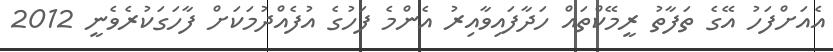
އެއަށްފަހު އޭގެ ތަފާތު ރީމޭކްތައް ހަދާފައިވާއިރު އެންމެ ފަހުގެ އުފެއްދުމަކަށް ފާހަގަކުރެވެނީ 2012